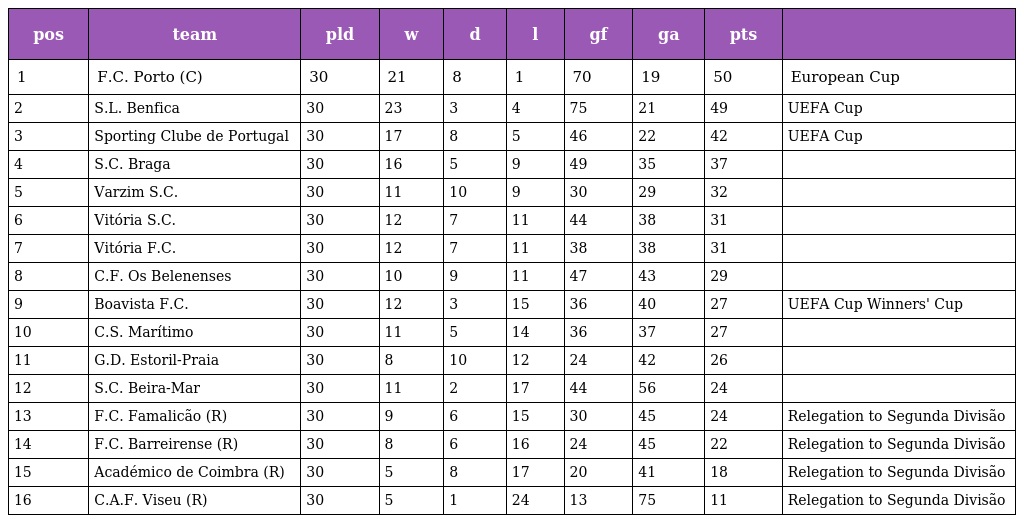
| pos | team | pld | w | d | l | gf | ga | pts |  |
 | --- | --- | --- | --- | --- | --- | --- | --- | --- | --- |
 | 1 | F.C. Porto (C) | 30 | 21 | 8 | 1 | 70 | 19 | 50 | European Cup |
 | 2 | S.L. Benfica | 30 | 23 | 3 | 4 | 75 | 21 | 49 | UEFA Cup |
 | 3 | Sporting Clube de Portugal | 30 | 17 | 8 | 5 | 46 | 22 | 42 | UEFA Cup |
 | 4 | S.C. Braga | 30 | 16 | 5 | 9 | 49 | 35 | 37 |  |
 | 5 | Varzim S.C. | 30 | 11 | 10 | 9 | 30 | 29 | 32 |  |
 | 6 | Vitória S.C. | 30 | 12 | 7 | 11 | 44 | 38 | 31 |  |
 | 7 | Vitória F.C. | 30 | 12 | 7 | 11 | 38 | 38 | 31 |  |
 | 8 | C.F. Os Belenenses | 30 | 10 | 9 | 11 | 47 | 43 | 29 |  |
 | 9 | Boavista F.C. | 30 | 12 | 3 | 15 | 36 | 40 | 27 | UEFA Cup Winners' Cup |
 | 10 | C.S. Marítimo | 30 | 11 | 5 | 14 | 36 | 37 | 27 |  |
 | 11 | G.D. Estoril-Praia | 30 | 8 | 10 | 12 | 24 | 42 | 26 |  |
 | 12 | S.C. Beira-Mar | 30 | 11 | 2 | 17 | 44 | 56 | 24 |  |
 | 13 | F.C. Famalicão (R) | 30 | 9 | 6 | 15 | 30 | 45 | 24 | Relegation to Segunda Divisão |
 | 14 | F.C. Barreirense (R) | 30 | 8 | 6 | 16 | 24 | 45 | 22 | Relegation to Segunda Divisão |
 | 15 | Académico de Coimbra (R) | 30 | 5 | 8 | 17 | 20 | 41 | 18 | Relegation to Segunda Divisão |
 | 16 | C.A.F. Viseu (R) | 30 | 5 | 1 | 24 | 13 | 75 | 11 | Relegation to Segunda Divisão |